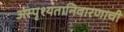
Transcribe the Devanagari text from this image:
अस्पृश्‍यतानिवारणाची